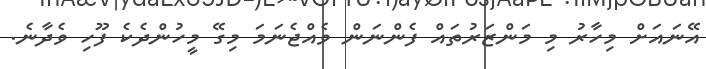
އޭނައަށް މިހާރު މި މަންޒަރުތައް ފެންނަން ވެއްޖެނަމަ މިގޭ މީހުންދެކެ ފޫހި ވެދާނެ.